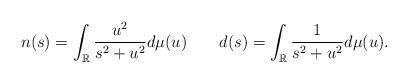
LaTeX: \begin{align*} n(s)=\int_\mathbb{R}\frac{u^2}{s^2+u^2}d\mu(u) \qquad d(s)=\int_\mathbb{R}\frac{1}{s^2+u^2}d\mu(u).\end{align*}